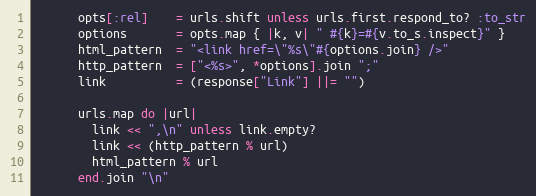
Language: Ruby
      opts[:rel]    = urls.shift unless urls.first.respond_to? :to_str
      options       = opts.map { |k, v| " #{k}=#{v.to_s.inspect}" }
      html_pattern  = "<link href=\"%s\"#{options.join} />"
      http_pattern  = ["<%s>", *options].join ";"
      link          = (response["Link"] ||= "")

      urls.map do |url|
        link << ",\n" unless link.empty?
        link << (http_pattern % url)
        html_pattern % url
      end.join "\n"